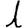
Digit: 1